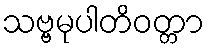
သဗ္ဗမုပါတိဝတ္တာ